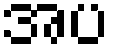
အပ